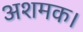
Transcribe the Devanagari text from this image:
अशमक।